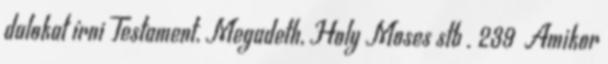
dalokat írni Testament, Megadeth, Holy Moses stb . 239 Amikor